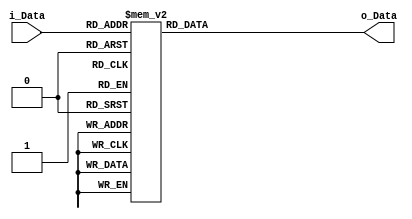
module SS2 (
    input [7:0] i_Data,
    output [31:0] o_Data
);

    reg [31:0] outS;

    assign o_Data = outS;

    always@*
        case (i_Data)
            8'h 0 : outS = 32'ha1a82989; 8'h 1 : outS = 32'h81840585; 8'h 2 : outS = 32'hd2d416c6; 8'h 3 : outS = 32'hd3d013c3;
			8'h 4 : outS = 32'h50541444; 8'h 5 : outS = 32'h111c1d0d; 8'h 6 : outS = 32'ha0ac2c8c; 8'h 7 : outS = 32'h21242505;
			8'h 8 : outS = 32'h515c1d4d; 8'h 9 : outS = 32'h43400343; 8'h A : outS = 32'h10181808; 8'h B : outS = 32'h121c1e0e;
			8'h C : outS = 32'h51501141; 8'h D : outS = 32'hf0fc3ccc; 8'h E : outS = 32'hc2c80aca; 8'h F : outS = 32'h63602343;
			
			8'h10 : outS = 32'h20282808; 8'h11 : outS = 32'h40440444; 8'h12 : outS = 32'h20202000; 8'h13 : outS = 32'h919c1d8d;
			8'h14 : outS = 32'he0e020c0; 8'h15 : outS = 32'he2e022c2; 8'h16 : outS = 32'hc0c808c8; 8'h17 : outS = 32'h13141707;
			8'h18 : outS = 32'ha1a42585; 8'h19 : outS = 32'h838c0f8f; 8'h1A : outS = 32'h03000303; 8'h1B : outS = 32'h73783b4b;
			8'h1C : outS = 32'hb3b83b8b; 8'h1D : outS = 32'h13101303; 8'h1E : outS = 32'hd2d012c2; 8'h1F : outS = 32'he2ec2ece;
			
			8'h20 : outS = 32'h70703040; 8'h21 : outS = 32'h808c0c8c; 8'h22 : outS = 32'h333c3f0f; 8'h23 : outS = 32'ha0a82888;
			8'h24 : outS = 32'h32303202; 8'h25 : outS = 32'hd1dc1dcd; 8'h26 : outS = 32'hf2f436c6; 8'h27 : outS = 32'h70743444;
			8'h28 : outS = 32'he0ec2ccc; 8'h29 : outS = 32'h91941585; 8'h2A : outS = 32'h03080b0b; 8'h2B : outS = 32'h53541747;
			8'h2C : outS = 32'h505c1c4c; 8'h2D : outS = 32'h53581b4b; 8'h2E : outS = 32'hb1bc3d8d; 8'h2F : outS = 32'h01000101;
			
			8'h30 : outS = 32'h20242404; 8'h31 : outS = 32'h101c1c0c; 8'h32 : outS = 32'h73703343; 8'h33 : outS = 32'h90981888;
			8'h34 : outS = 32'h10101000; 8'h35 : outS = 32'hc0cc0ccc; 8'h36 : outS = 32'hf2f032c2; 8'h37 : outS = 32'hd1d819c9;
			8'h38 : outS = 32'h202c2c0c; 8'h39 : outS = 32'he3e427c7; 8'h3A : outS = 32'h72703242; 8'h3B : outS = 32'h83800383;
			8'h3C : outS = 32'h93981b8b; 8'h3D : outS = 32'hd1d011c1; 8'h3E : outS = 32'h82840686; 8'h3F : outS = 32'hc1c809c9;
			
			8'h40 : outS = 32'h60602040; 8'h41 : outS = 32'h50501040; 8'h42 : outS = 32'ha3a02383; 8'h43 : outS = 32'he3e82bcb;
			8'h44 : outS = 32'h010c0d0d; 8'h45 : outS = 32'hb2b43686; 8'h46 : outS = 32'h929c1e8e; 8'h47 : outS = 32'h434c0f4f;
			8'h48 : outS = 32'hb3b43787; 8'h49 : outS = 32'h52581a4a; 8'h4A : outS = 32'hc2c406c6; 8'h4B : outS = 32'h70783848;
			8'h4C : outS = 32'ha2a42686; 8'h4D : outS = 32'h12101202; 8'h4E : outS = 32'ha3ac2f8f; 8'h4F : outS = 32'hd1d415c5;
			
			8'h50 : outS = 32'h61602141; 8'h51 : outS = 32'hc3c003c3; 8'h52 : outS = 32'hb0b43484; 8'h53 : outS = 32'h41400141;
			8'h54 : outS = 32'h52501242; 8'h55 : outS = 32'h717c3d4d; 8'h56 : outS = 32'h818c0d8d; 8'h57 : outS = 32'h00080808;
			8'h58 : outS = 32'h131c1f0f; 8'h59 : outS = 32'h91981989; 8'h5A : outS = 32'h00000000; 8'h5B : outS = 32'h11181909;
			8'h5C : outS = 32'h00040404; 8'h5D : outS = 32'h53501343; 8'h5E : outS = 32'hf3f437c7; 8'h5F : outS = 32'he1e021c1;
			
			8'h60 : outS = 32'hf1fc3dcd; 8'h61 : outS = 32'h72743646; 8'h62 : outS = 32'h232c2f0f; 8'h63 : outS = 32'h23242707;
			8'h64 : outS = 32'hb0b03080; 8'h65 : outS = 32'h83880b8b; 8'h66 : outS = 32'h020c0e0e; 8'h67 : outS = 32'ha3a82b8b;
			8'h68 : outS = 32'ha2a02282; 8'h69 : outS = 32'h626c2e4e; 8'h6A : outS = 32'h93901383; 8'h6B : outS = 32'h414c0d4d;
			8'h6C : outS = 32'h61682949; 8'h6D : outS = 32'h707c3c4c; 8'h6E : outS = 32'h01080909; 8'h6F : outS = 32'h02080a0a;
			
			8'h70 : outS = 32'hb3bc3f8f; 8'h71 : outS = 32'he3ec2fcf; 8'h72 : outS = 32'hf3f033c3; 8'h73 : outS = 32'hc1c405c5;
			8'h74 : outS = 32'h83840787; 8'h75 : outS = 32'h10141404; 8'h76 : outS = 32'hf2fc3ece; 8'h77 : outS = 32'h60642444;
			8'h78 : outS = 32'hd2dc1ece; 8'h79 : outS = 32'h222c2e0e; 8'h7A : outS = 32'h43480b4b; 8'h7B : outS = 32'h12181a0a;
			8'h7C : outS = 32'h02040606; 8'h7D : outS = 32'h21202101; 8'h7E : outS = 32'h63682b4b; 8'h7F : outS = 32'h62642646;
			
			8'h80 : outS = 32'h02000202; 8'h81 : outS = 32'hf1f435c5; 8'h82 : outS = 32'h92901282; 8'h83 : outS = 32'h82880a8a;
			8'h84 : outS = 32'h000c0c0c; 8'h85 : outS = 32'hb3b03383; 8'h86 : outS = 32'h727c3e4e; 8'h87 : outS = 32'hd0d010c0;
			8'h88 : outS = 32'h72783a4a; 8'h89 : outS = 32'h43440747; 8'h8A : outS = 32'h92941686; 8'h8B : outS = 32'he1e425c5;
			8'h8C : outS = 32'h22242606; 8'h8D : outS = 32'h80800080; 8'h8E : outS = 32'ha1ac2d8d; 8'h8F : outS = 32'hd3dc1fcf;
			
			8'h90 : outS = 32'ha1a02181; 8'h91 : outS = 32'h30303000; 8'h92 : outS = 32'h33343707; 8'h93 : outS = 32'ha2ac2e8e;
			8'h94 : outS = 32'h32343606; 8'h95 : outS = 32'h11141505; 8'h96 : outS = 32'h22202202; 8'h97 : outS = 32'h30383808;
			8'h98 : outS = 32'hf0f434c4; 8'h99 : outS = 32'ha3a42787; 8'h9A : outS = 32'h41440545; 8'h9B : outS = 32'h404c0c4c;
			8'h9C : outS = 32'h81800181; 8'h9D : outS = 32'he1e829c9; 8'h9E : outS = 32'h80840484; 8'h9F : outS = 32'h93941787;
			
			8'hA0 : outS = 32'h31343505; 8'hA1 : outS = 32'hc3c80bcb; 8'hA2 : outS = 32'hc2cc0ece; 8'hA3 : outS = 32'h303c3c0c;
			8'hA4 : outS = 32'h71703141; 8'hA5 : outS = 32'h11101101; 8'hA6 : outS = 32'hc3c407c7; 8'hA7 : outS = 32'h81880989;
			8'hA8 : outS = 32'h71743545; 8'hA9 : outS = 32'hf3f83bcb; 8'hAA : outS = 32'hd2d81aca; 8'hAB : outS = 32'hf0f838c8;
			8'hAC : outS = 32'h90941484; 8'hAD : outS = 32'h51581949; 8'hAE : outS = 32'h82800282; 8'hAF : outS = 32'hc0c404c4;
			
			8'hB0 : outS = 32'hf3fc3fcf; 8'hB1 : outS = 32'h41480949; 8'hB2 : outS = 32'h31383909; 8'hB3 : outS = 32'h63642747;
			8'hB4 : outS = 32'hc0c000c0; 8'hB5 : outS = 32'hc3cc0fcf; 8'hB6 : outS = 32'hd3d417c7; 8'hB7 : outS = 32'hb0b83888;
			8'hB8 : outS = 32'h030c0f0f; 8'hB9 : outS = 32'h828c0e8e; 8'hBA : outS = 32'h42400242; 8'hBB : outS = 32'h23202303;
			8'hBC : outS = 32'h91901181; 8'hBD : outS = 32'h606c2c4c; 8'hBE : outS = 32'hd3d81bcb; 8'hBF : outS = 32'ha0a42484;
			
			8'hC0 : outS = 32'h30343404; 8'hC1 : outS = 32'hf1f031c1; 8'hC2 : outS = 32'h40480848; 8'hC3 : outS = 32'hc2c002c2;
			8'hC4 : outS = 32'h636c2f4f; 8'hC5 : outS = 32'h313c3d0d; 8'hC6 : outS = 32'h212c2d0d; 8'hC7 : outS = 32'h40400040;
			8'hC8 : outS = 32'hb2bc3e8e; 8'hC9 : outS = 32'h323c3e0e; 8'hCA : outS = 32'hb0bc3c8c; 8'hCB : outS = 32'hc1c001c1;
			8'hCC : outS = 32'ha2a82a8a; 8'hCD : outS = 32'hb2b83a8a; 8'hCE : outS = 32'h424c0e4e; 8'hCF : outS = 32'h51541545;
			
			8'hD0 : outS = 32'h33383b0b; 8'hD1 : outS = 32'hd0dc1ccc; 8'hD2 : outS = 32'h60682848; 8'hD3 : outS = 32'h737c3f4f;
			8'hD4 : outS = 32'h909c1c8c; 8'hD5 : outS = 32'hd0d818c8; 8'hD6 : outS = 32'h42480a4a; 8'hD7 : outS = 32'h52541646;
			8'hD8 : outS = 32'h73743747; 8'hD9 : outS = 32'ha0a02080; 8'hDA : outS = 32'he1ec2dcd; 8'hDB : outS = 32'h42440646;
			8'hDC : outS = 32'hb1b43585; 8'hDD : outS = 32'h23282b0b; 8'hDE : outS = 32'h61642545; 8'hDF : outS = 32'hf2f83aca;
			
			8'hE0 : outS = 32'he3e023c3; 8'hE1 : outS = 32'hb1b83989; 8'hE2 : outS = 32'hb1b03181; 8'hE3 : outS = 32'h939c1f8f;
			8'hE4 : outS = 32'h525c1e4e; 8'hE5 : outS = 32'hf1f839c9; 8'hE6 : outS = 32'he2e426c6; 8'hE7 : outS = 32'hb2b03282;
			8'hE8 : outS = 32'h31303101; 8'hE9 : outS = 32'he2e82aca; 8'hEA : outS = 32'h616c2d4d; 8'hEB : outS = 32'h535c1f4f;
			8'hEC : outS = 32'he0e424c4; 8'hED : outS = 32'hf0f030c0; 8'hEE : outS = 32'hc1cc0dcd; 8'hEF : outS = 32'h80880888;
			
			8'hF0 : outS = 32'h12141606; 8'hF1 : outS = 32'h32383a0a; 8'hF2 : outS = 32'h50581848; 8'hF3 : outS = 32'hd0d414c4;
			8'hF4 : outS = 32'h62602242; 8'hF5 : outS = 32'h21282909; 8'hF6 : outS = 32'h03040707; 8'hF7 : outS = 32'h33303303;
			8'hF8 : outS = 32'he0e828c8; 8'hF9 : outS = 32'h13181b0b; 8'hFA : outS = 32'h01040505; 8'hFB : outS = 32'h71783949;
			8'hFC : outS = 32'h90901080; 8'hFD : outS = 32'h62682a4a; 8'hFE : outS = 32'h22282a0a; 8'hFF : outS = 32'h92981a8a;
			
			default : outS = 32'h00000000;
        
        endcase

endmodule